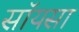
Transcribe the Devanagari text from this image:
सॉयसा